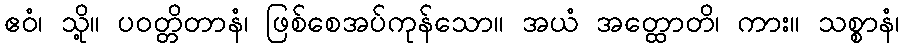
ဧဝံ၊ သို့။ ပဝတ္တိတာနံ၊ ဖြစ်စေအပ်ကုန်သော။ အယံ အတ္ထောတိ၊ ကား။ သစ္စာနံ၊